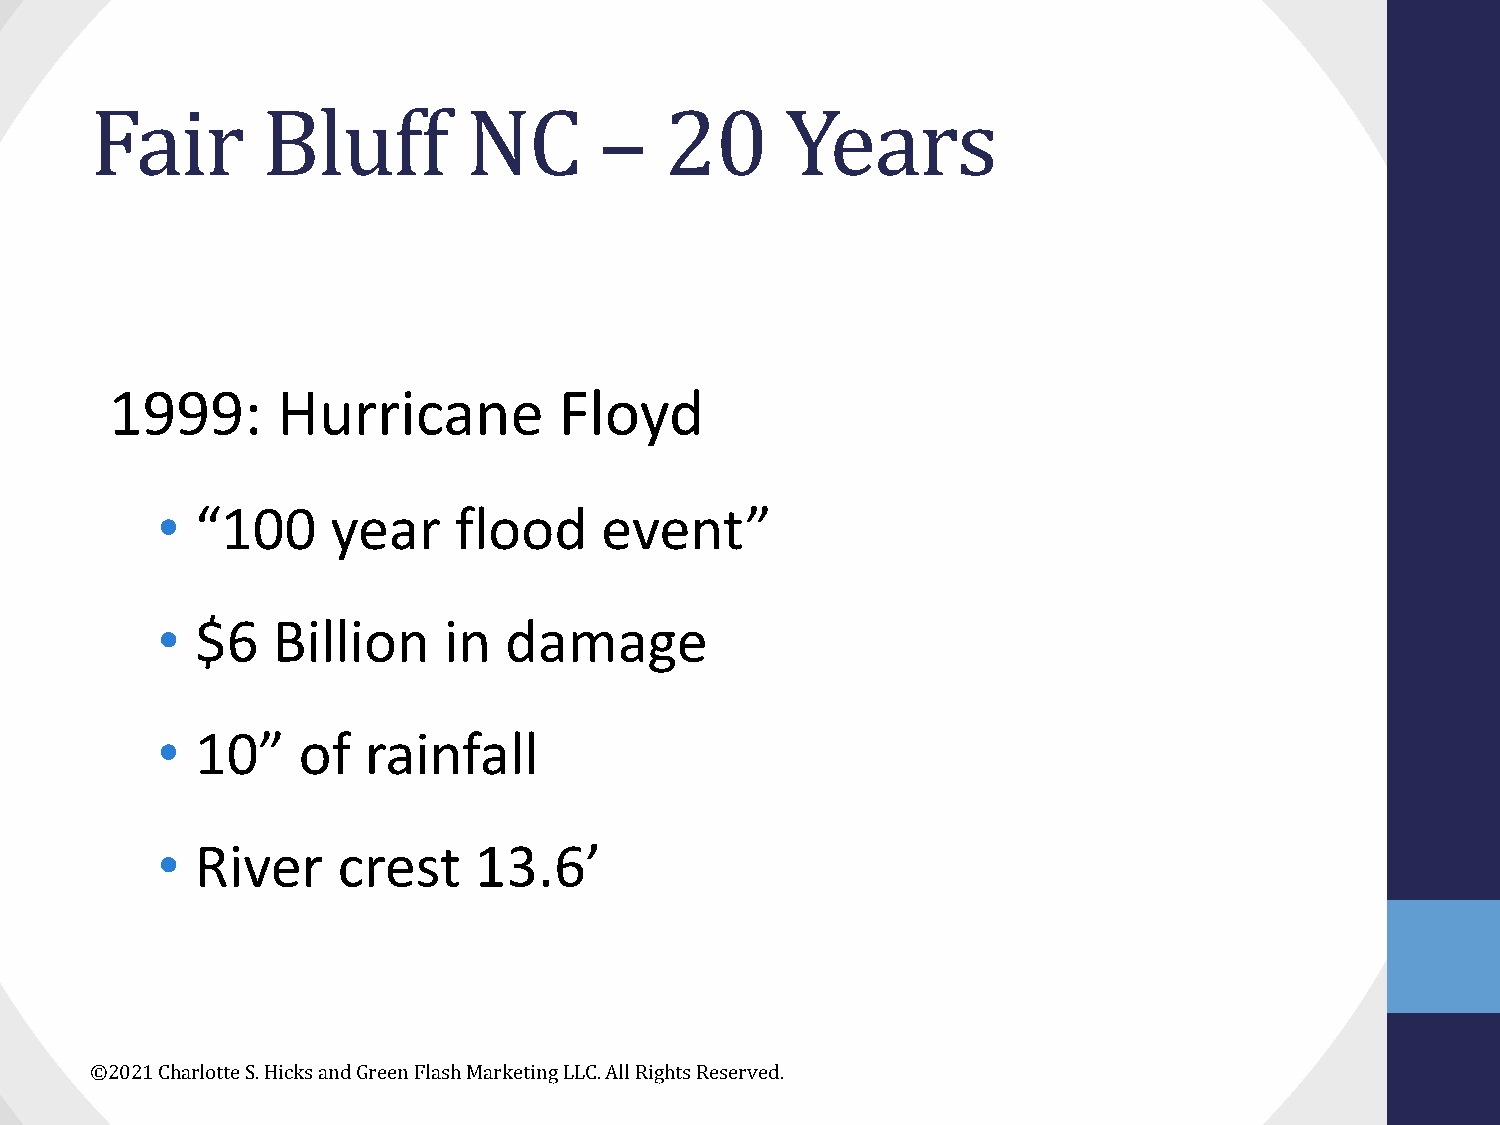
Fair       Bluff         NC       –   20      Years
 1999:      Hurricane          Floyd
 •  “100     year    flood     event”
 •  $6   Billion    in  damage
 •  10”    of  rainfall
 •  River    crest    13.6’
 ©2021 Charlotte S. Hicks and Green Flash Marketing LLC. All Rights Reserved.